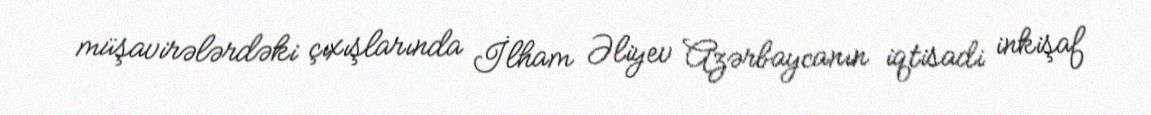
müşavirələrdəki çıxışlarında İlham Əliyev Azərbaycanın iqtisadi inkişaf